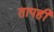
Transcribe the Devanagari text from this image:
तापही